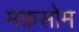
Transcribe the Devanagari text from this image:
मक़सोम